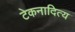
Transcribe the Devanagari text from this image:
टेकनादित्य